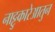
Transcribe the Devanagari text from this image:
नाट्टुकारेआतुन